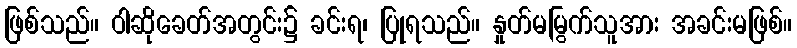
ဖြစ်သည်။ ဝါဆိုခေတ်အတွင်း၌ ခင်းရ၊ ပြုရသည်။ နှုတ်မမြွက်သူအား အခင်းမဖြစ်။